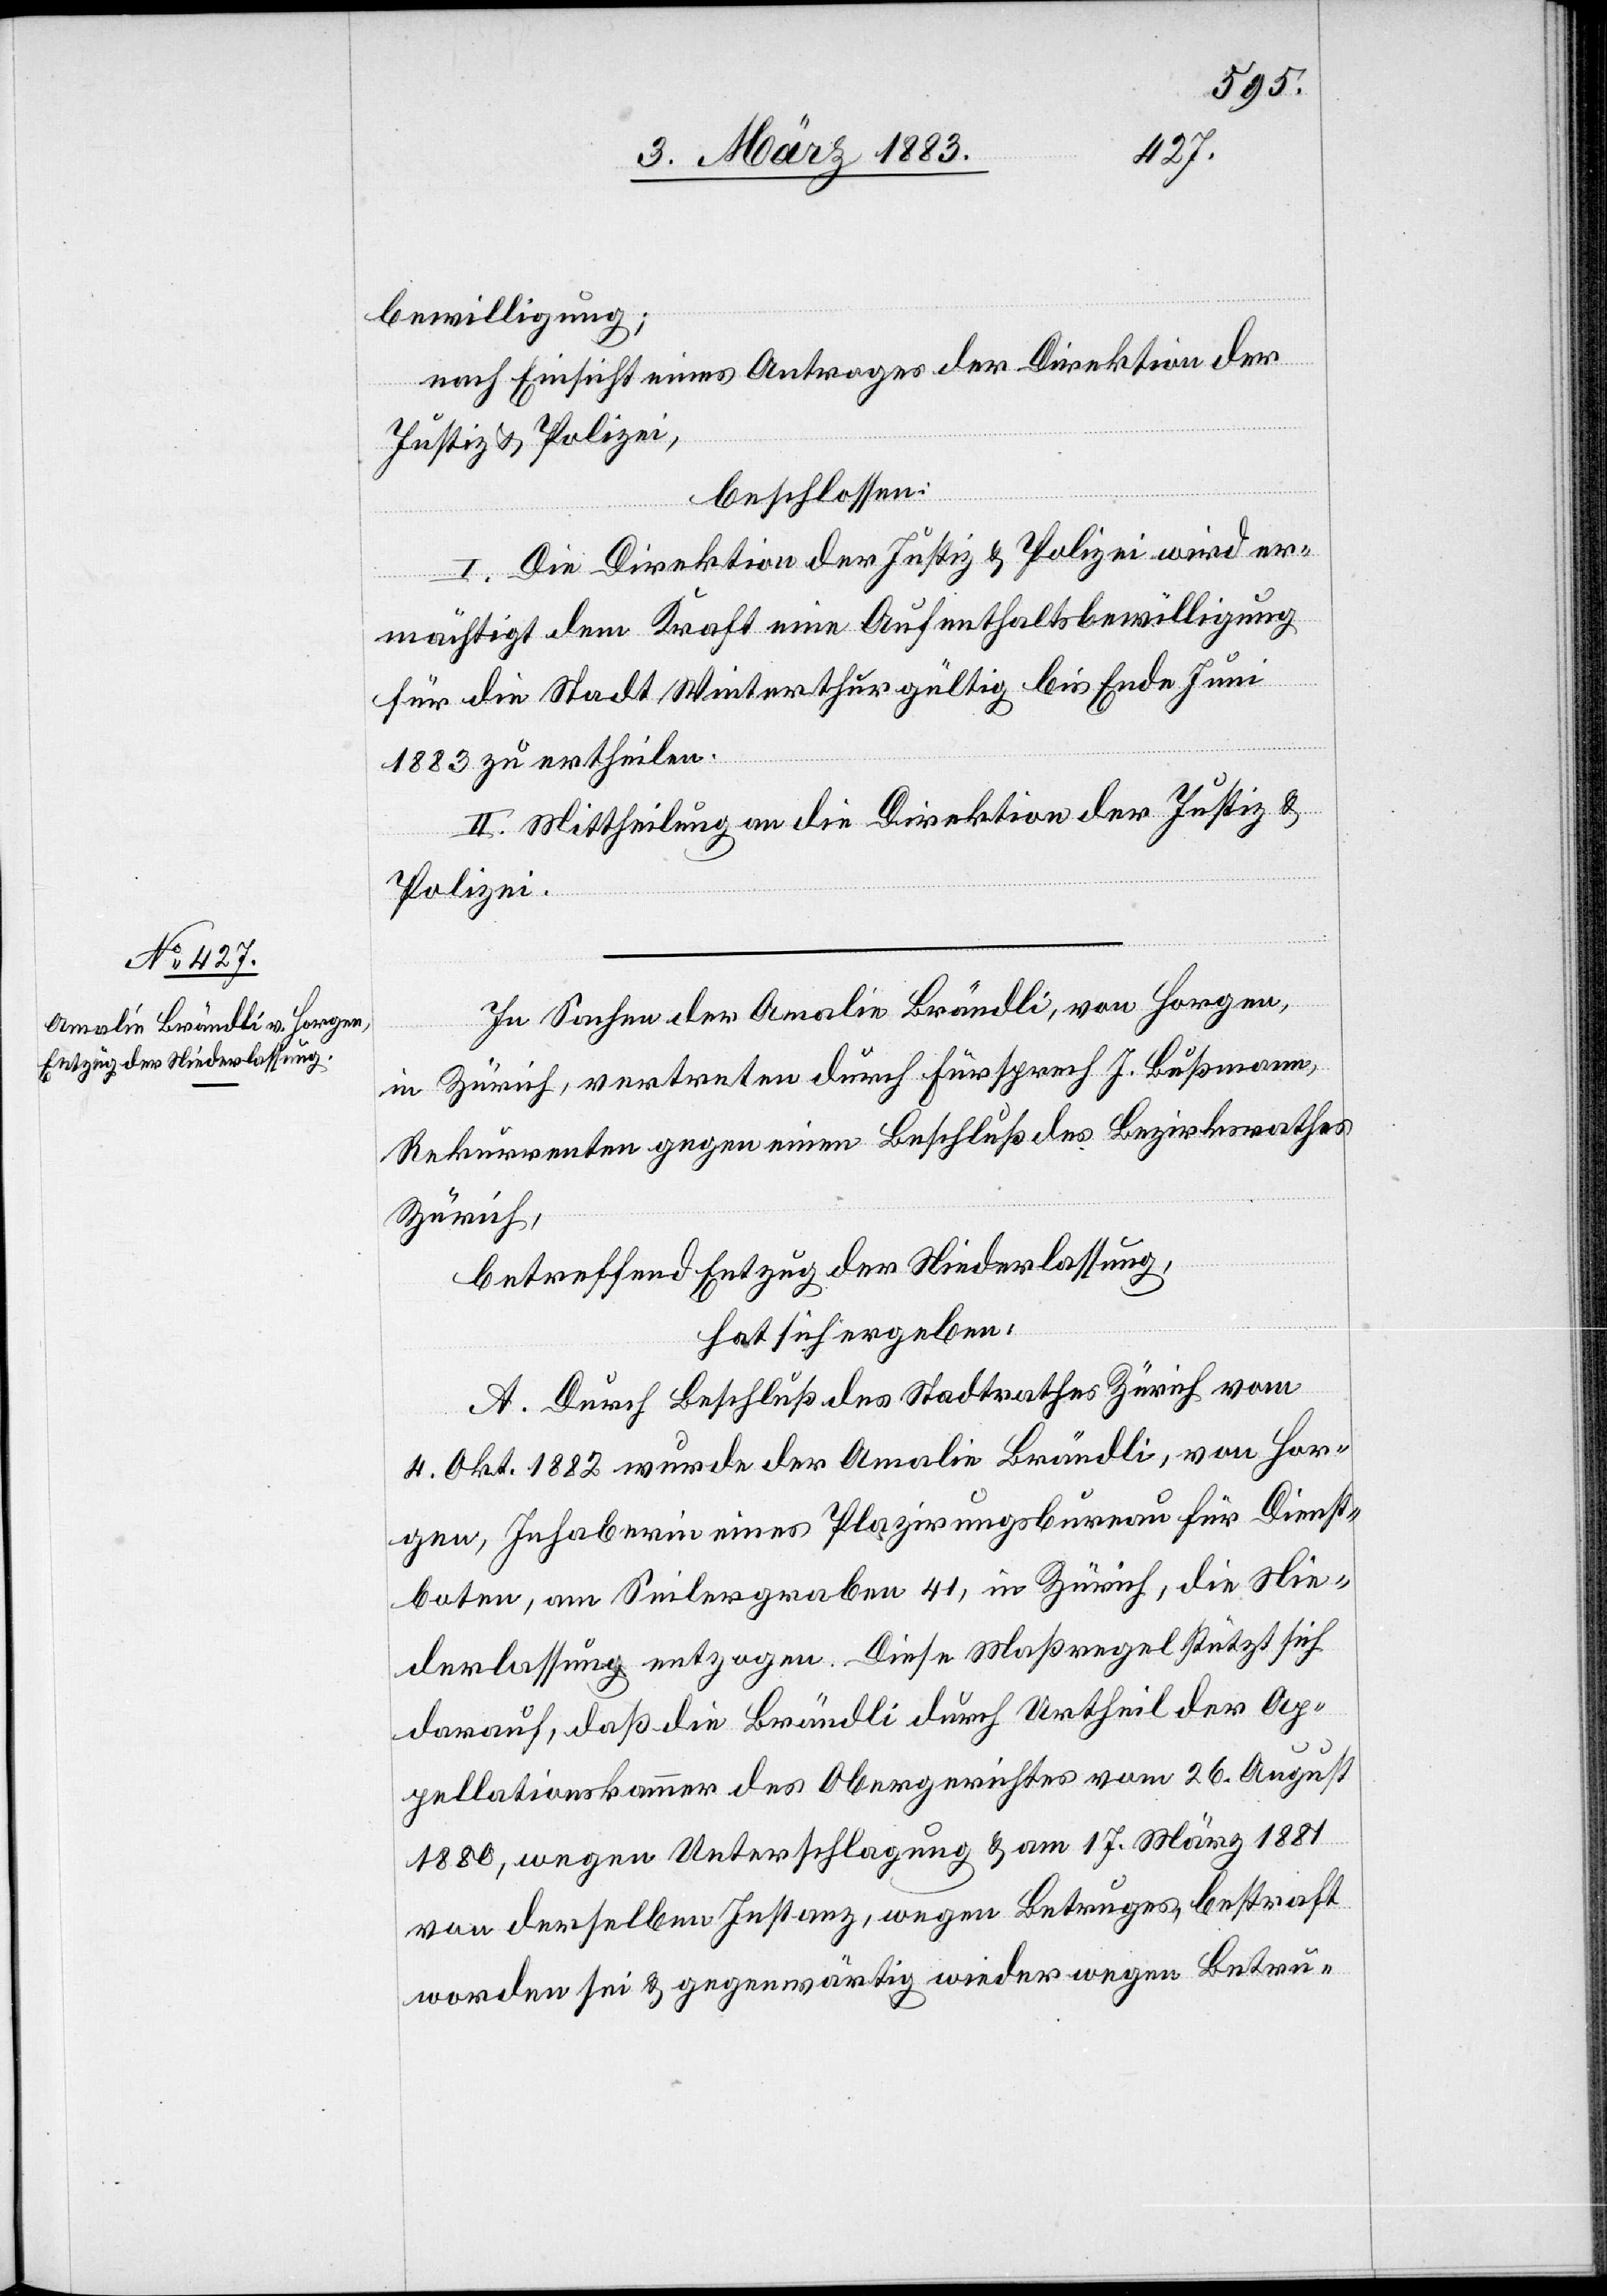
bewilligung;
nach Einsicht eines Antrages der Direktion der
Justiz & Polizei,
beschlossen:
I. Die Direktion der Justiz & Polizei wird er¬
mächtigt dem Kraft eine Aufenthaltsbewilligung
für die Stadt Winterthur gültig bis Ende Juni
1883 zu ertheilen.
II. Mittheilung an die Direktion der Justiz &
Polizei.
In Sachen der Amalie Brändli, von Horgen,
in Zürich, vertreten durch Fürsprech J. Bußmann,
Rekurrenten gegen einen Beschluß des Bezirksrathes
Zürich,
betreffend Entzug der Niederlassung,
hat sich ergeben:
A. Durch Beschluß des Stadtrathes Zürich vom
4. Okt. 1882 wurde der Amalie Brändli, von Hor¬
gen, Inhaberin eines Plazirungsbureau für Dienst¬
boten, am Seilergraben 41, in Zürich, die Nie¬
derlassung entzogen. Diese Maßregel stützt sich
darauf, daß die Brändli durch Urtheil der Ap¬
pellationskammer des Obergerichtes vom 26. August
1880, wegen Unterschlagung & am 17. März 1881
von derselben Instanz, wegen Betruges, bestraft
worden sei & gegenwärtig wieder wegen Betru-